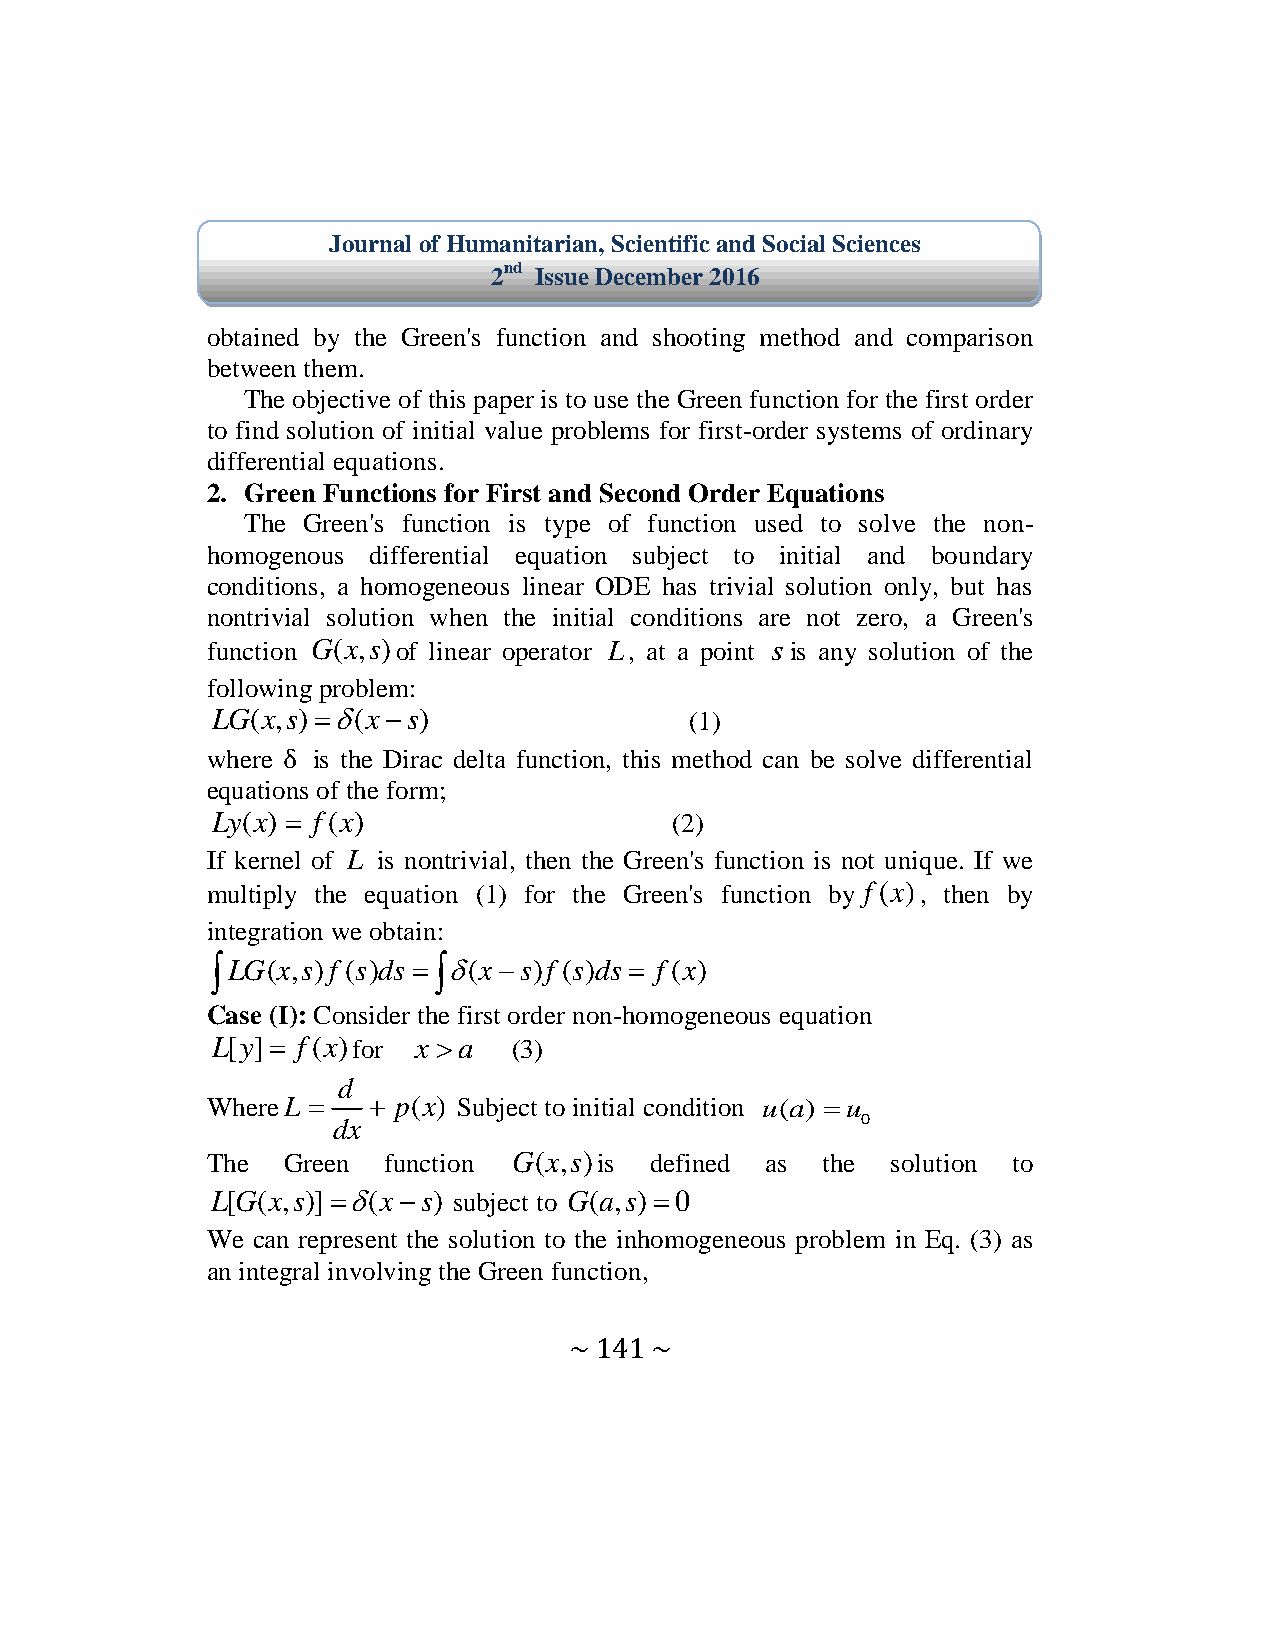
Journal of Humanitarian, Scientific and Social Sciences
 2nd Issue December 2016
 obtained by the Green's function and shooting method and comparison
 between them.
 The objective of this paper is to use the Green function for the first order
 to find solution of initial value problems for first-order systems of ordinary
 differential equations.
 2. Green Functions for First and Second Order Equations
 The Green's function is type of function used to solve the non-
 homogenous differential equation subject to initial and boundary
 conditions, a homogeneous linear ODE has trivial solution only, but has
 nontrivial solution when the initial conditions are not zero, a Green's
 function G(x,s)of linear operator L, at a point sis any solution of the
 following problem:
 LG(x,s)(xs)                  (1)
 where  is the Dirac delta function, this method can be solve differential
 equations of the form;
 Ly(x)  f (x)                 (2)
 If kernel of L is nontrivial, then the Green's function is not unique. If we
 multiply the equation (1) for the Green's function by f (x), then by
 integration we obtain:
 LG(x,s)f (s)ds  (xs)f (s)ds  f (x)
 Case (I): Consider the first order non-homogeneous equation
 L[y] f (x)for xa  (3)
 d
 WhereL    p(x) Subject to initial condition u(a) u
 dx                                 0
 The  Green function G(x,s)is defined as the  solution to
 L[G(x,s)](xs) subject to G(a,s)0
 We can represent the solution to the inhomogeneous problem in Eq. (3) as
 an integral involving the Green function,
 ~ 141 ~